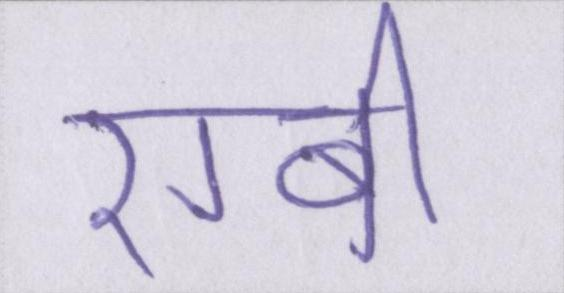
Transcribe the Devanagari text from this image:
रग्बी